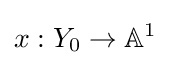
x:Y_{0}\to \mathbb {A} ^{1}